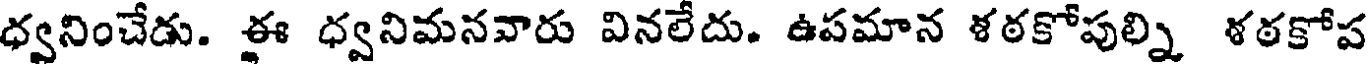
ధ్వనించేడు. ఈ ధ్వనిమనవారు వినలేదు. ఉపమాన ళఠకోపుల్ని ళఠకోప